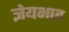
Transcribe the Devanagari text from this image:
ज्ञेयभाव